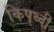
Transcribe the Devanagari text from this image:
किपृथ्वी